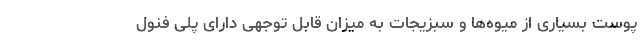
پوست بسیاری از میوه‌ها و سبزیجات به میزان قابل توجهی دارای پلی فنول